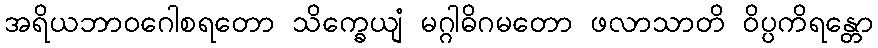
အရိယဘာဝဂေါစရတော သိက္ခေယျံ မဂ္ဂါဓိဂမတော ဖလာသာတိ ဝိပ္ပကိရန္တော